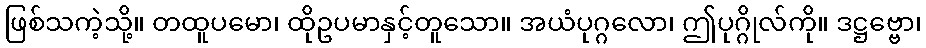
ဖြစ်သကဲ့သို့။ တထူပမော၊ ထိုဥပမာနှင့်တူသော။ အယံပုဂ္ဂလော၊ ဤပုဂ္ဂိုလ်ကို။ ဒဋ္ဌဗ္ဗော၊